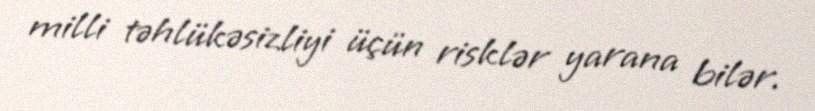
milli təhlükəsizliyi üçün risklər yarana bilər.